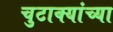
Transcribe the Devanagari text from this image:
चुटाक्यांच्या